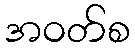
အဝတ်စ